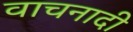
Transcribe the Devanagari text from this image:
वाचनादी